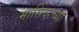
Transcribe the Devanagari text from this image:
मासिव्हच्या